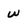
Character: W